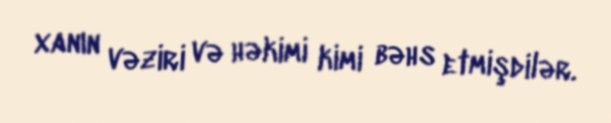
xanın vəziri və həkimi kimi bəhs etmişdilər.